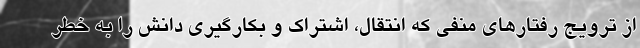
از ترویج رفتارهای منفی که انتقال، اشتراک و بکارگیری دانش را به خطر